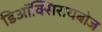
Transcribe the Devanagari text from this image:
डिऑक्सिरायबोज